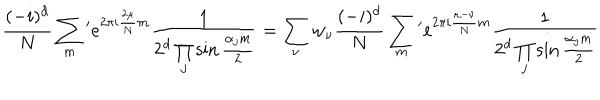
{ \frac { ( - i ) ^ { d } } { N } } \sum _ { m } { } ^ { \prime } e ^ { 2 \pi i { \frac { 2 \mu } { N } } m } { \frac { 1 } { 2 ^ { d } \prod _ { j } \sin { \frac { \alpha _ { j } m } { 2 } } } } = \sum _ { \nu } w _ { \nu } { \frac { ( - i ) ^ { d } } { N } } \sum _ { m } { } ^ { \prime } e ^ { 2 \pi i { \frac { \mu - \nu } { N } } m } { \frac { 1 } { 2 ^ { d } \prod _ { j } \sin { \frac { \alpha _ { j } m } { 2 } } } }